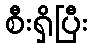
စီးရှိပြီး